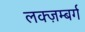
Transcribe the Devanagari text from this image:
लक्ज़म्बर्ग